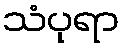
သံပုရာ